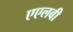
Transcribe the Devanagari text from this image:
एएलबी